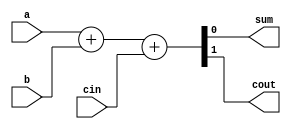
/*Helper Module
				*/
`timescale 1ns / 1ps
module adder(input a, input b, input cin, output sum, output cout);
	assign {cout,sum} = a+b+cin;	//Adding a,b and cin and stored in sum and the overflow in cout
endmodule